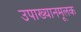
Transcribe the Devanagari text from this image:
उपाख्यानमूलक